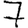
Digit: 7